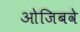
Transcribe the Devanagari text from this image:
ओजिबवे